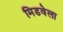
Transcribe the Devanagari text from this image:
मिडवेला